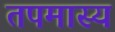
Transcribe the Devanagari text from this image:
तपमास्य